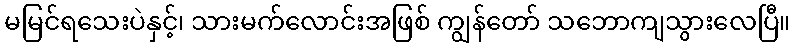
မမြင်ရသေးပဲနှင့်၊ သားမက်လောင်းအဖြစ် ကျွန်တော် သဘောကျသွားလေပြီ။